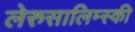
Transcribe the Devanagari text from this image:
लेरुसालिम्स्की